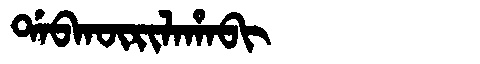
Manchu: ᡩᠠᠪᡴᡡᡵᡳᠯᠠᡥᠠᠪᡳ
Romanization: DABKŪRILAHABI